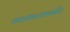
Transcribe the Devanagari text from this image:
कडधान्यवर्गीय